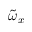
\widetilde { \omega } _ { x }